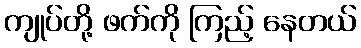
ကျုပ်တို့ ဖက်ကို ကြည့် နေတယ်